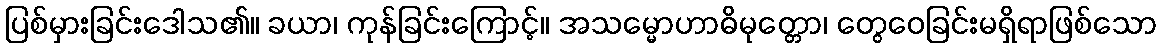
ပြစ်မှားခြင်းဒေါသ၏။ ခယာ၊ ကုန်ခြင်းကြောင့်။ အသမ္မောဟာဓိမုတ္တော၊ တွေဝေခြင်းမရှိရာဖြစ်သော